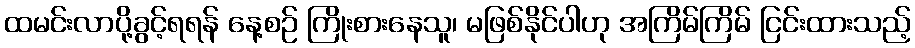
ထမင်းလာပို့ခွင့်ရရန် နေ့စဉ် ကြိုးစားနေသူ၊ မဖြစ်နိုင်ပါဟု အကြိမ်ကြိမ် ငြင်းထားသည့်